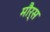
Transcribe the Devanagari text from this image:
मौर्स